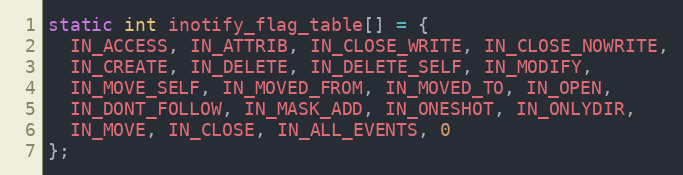
Language: C
static int inotify_flag_table[] = {
  IN_ACCESS, IN_ATTRIB, IN_CLOSE_WRITE, IN_CLOSE_NOWRITE,
  IN_CREATE, IN_DELETE, IN_DELETE_SELF, IN_MODIFY,
  IN_MOVE_SELF, IN_MOVED_FROM, IN_MOVED_TO, IN_OPEN,
  IN_DONT_FOLLOW, IN_MASK_ADD, IN_ONESHOT, IN_ONLYDIR,
  IN_MOVE, IN_CLOSE, IN_ALL_EVENTS, 0
};